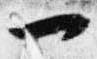
一